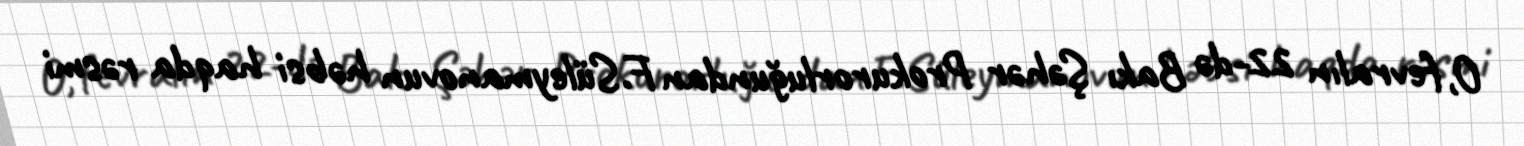
O, fevralın 22-də Bakı Şəhər Prokurorluğundan F.Süleymanovun həbsi haqda rəsmi